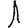
Digit: 1